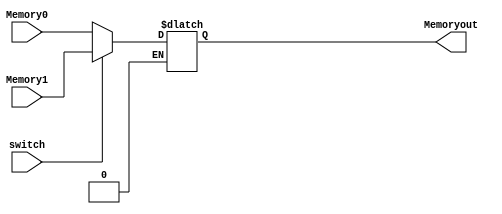
`timescale 1ns / 1ps
//////////////////////////////////////////////////////////////////////////////////
// Company: 
// Engineer: 
// 
// Design Name: 
// Module Name: DMux11bit
// Project Name: 
// Target Devices: 
// Tool Versions: 
// Description: 
// 
// Dependencies: 
// 
// Revision:
// Revision 0.01 - File Created
// Additional Comments:
// 
//////////////////////////////////////////////////////////////////////////////////


module DMux11bit(
    input [10:0]Memory0,Memory1,
    input switch,
    output reg [10:0]Memoryout
    );
    always@(switch,Memory0,Memory1)
    begin
        if( switch==0 ) Memoryout = Memory0;
        if( switch==1 ) Memoryout = Memory1;
    end
endmodule